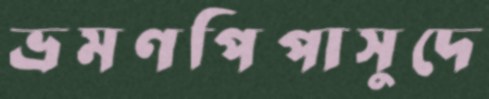
ভ্রমণপিপাসুদে